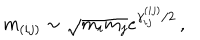
LaTeX: m _ { ( i j ) } \sim \sqrt { m _ { i } m _ { j } } e ^ { \gamma _ { i j } ^ { ( i j ) } / 2 } \, ,